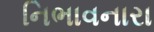
નિભાવનારા